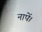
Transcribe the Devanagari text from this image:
नापें।